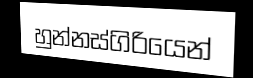
හුන්නස්ගිරියෙන්